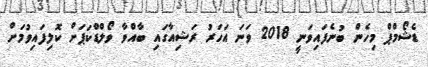
ޑެޝޯމްޕް މިހެން ބުނެފައިވަނީ 2018 ވަނަ އަހަރު ރަޝިއާގައި ބާއްވާ ވޯލްޑްކަޕަށް ކޮލިފައިވުމަށް